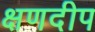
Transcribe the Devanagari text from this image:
क्षणदीप